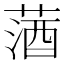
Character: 𦵩